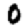
Digit: 0